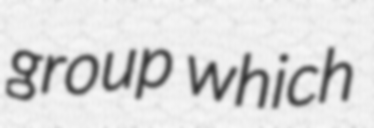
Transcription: group which